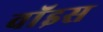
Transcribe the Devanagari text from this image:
वाॅइस